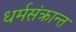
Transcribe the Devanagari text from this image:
धर्मसंक्रान्त